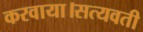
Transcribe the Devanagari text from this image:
करवाया।सत्यवती